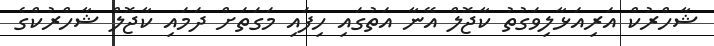
ޝާހްރުކް އަރިއަޅާލިވަގުތު ކާޖޮލް އޭނާ އަތުގައި ހިފައި މަގަތަށް ދަމައި ކާޖޮލް ޝާހްރުކްގެ